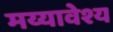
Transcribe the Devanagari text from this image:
मय्यावेश्य